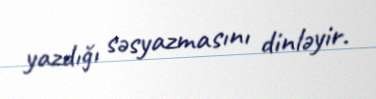
yazdığı səsyazmasını dinləyir.